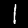
Label: 1